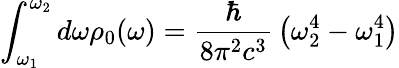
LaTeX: \int_{\omega_{1}}^{\omega_{2}}d\omega\rho_{0}(\omega)={\frac{\hbar}{8\pi^{2}c^{3}}}\left(\omega_{2}^{4}-\omega_{1}^{4}\right)